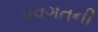
પવગતની